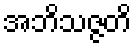
အဘိသဇ္ဇတိ